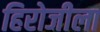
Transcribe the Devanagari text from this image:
हिरोजीला